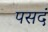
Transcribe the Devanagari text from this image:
पसदं